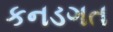
કનડગત